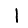
Digit: 1